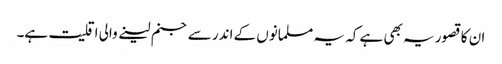
ان کا قصور یہ بھی ہے کہ یہ مسلمانوں کے اندر سے جنم لینے والی اقلیت ہے۔